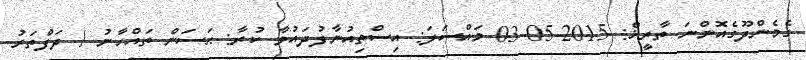
ގެމެންދޫގެއޮންނަ ތާރީޚް: 2015-05-03 މައްސަލަ: އިސްތިއުނާފުދައުވާ ކުރާ: ޙަސަން ތައްހާނު / ދަފްތަރު